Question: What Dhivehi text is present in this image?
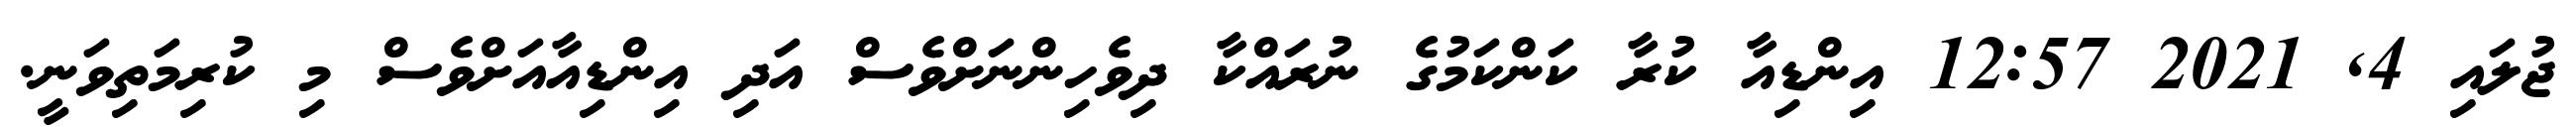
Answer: ޖުލައި 4, 2021 12:57 އިންޑިއާ ކުރާ ކަންކަމުގެ ނުރައްކާ ދިވެހިންނަށްވެސް އަދި އިންޑިއާއަށްވެސް މި ކުރިމަތިވަނީ.